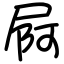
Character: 屙